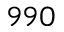
9 9 0